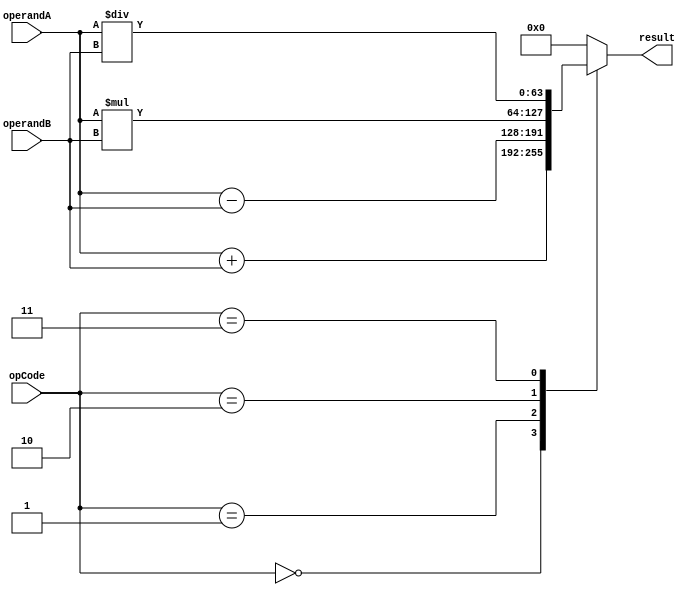
module DoublePrecisionFloatingPointUnit (
    input wire [63:0] operandA,
    input wire [63:0] operandB,
    input wire [3:0] opCode,
    output reg [63:0] result
);

always @(*) begin
    case(opCode)
        4'b0000: result = operandA + operandB; // addition operation
        4'b0001: result = operandA - operandB; // subtraction operation
        4'b0010: result = operandA * operandB; // multiplication operation
        4'b0011: result = operandA / operandB; // division operation
        default: result = 64'h0000000000000000; // default value
    endcase
end

endmodule